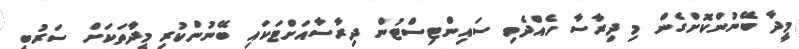
މީދާ ބޭނުންކޮށްގެން މި ދިރާސާ ހެއްދެވި ސައިންޓިސްޓުން ދިރާސާއަށްޓަކައި ބޭނުންކުރި މީދާތަކަށް ސަރުބީ